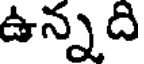
ఉన్నది